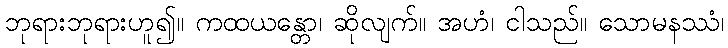
ဘုရားဘုရားဟူ၍။ ကထယန္တော၊ ဆိုလျက်။ အဟံ၊ ငါသည်။ သောမနဿံ၊